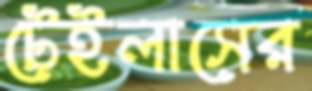
টেইলাসের